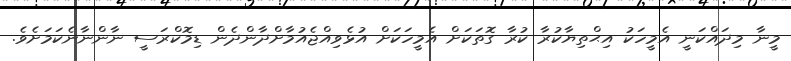
މީނާ މިދައްކަނީ އެމީހަކު އިޙްތިޔާކުރާ ކުރާ ގޮތަކަށް އެމީހަކަށް އުޅެވިއްޖެއުމާށްދާންދެން ޑިމޮކްރަސީ ނާންނާނެކަމަށެވެ.